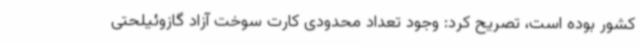
کشور بوده است، تصریح کرد: وجود تعداد محدودی کارت سوخت آزاد گازوئیلحتی